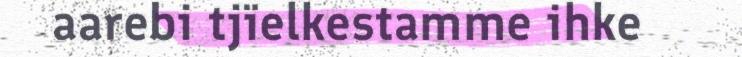
aarebi tjïelkestamme ihke